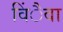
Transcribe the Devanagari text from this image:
विंैवा